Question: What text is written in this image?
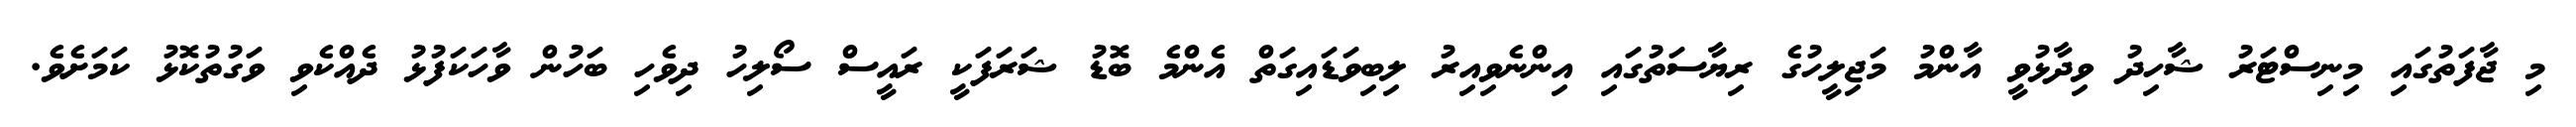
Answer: މި ޖާފަތުގައި މިނިސްޓަރު ޝާހިދު ވިދާޅުވީ އާންމު މަޖިލީހުގެ ރިޔާސަތުގައި އިންނެވިއިރު ލިބިވަޑައިގަތް އެންމެ ބޮޑު ޝަރަފަކީ ރައީސް ސޯލިހު ދިވެހި ބަހުން ވާހަކަފުޅު ދެއްކެވި ވަގުތުކޮޅު ކަމަށެވެ.